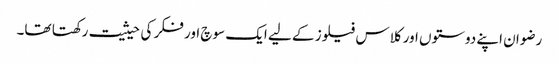
رضوان اپنے دوستوں اور کلاس فیلوز کے لیے ایک سوچ اور فکر کی حیثیت رکھتا تھا۔